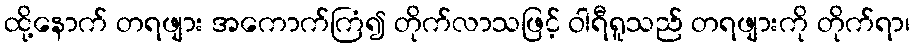
ထို့နောက် တရဖျား အကောက်ကြံ၍ တိုက်လာသဖြင့် ဝါရီရူသည် တရဖျားကို တိုက်ရာ၊